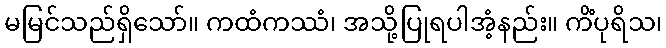
မမြင်သည်ရှိသော်။ ကထံကဿံ၊ အသို့ပြုရပါအံ့နည်း။ ကိံပုရိသ၊